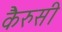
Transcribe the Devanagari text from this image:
कैरुसी